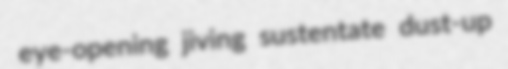
eye-opening jiving sustentate dust-up